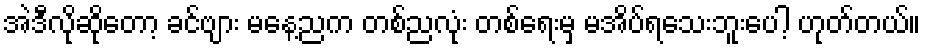
အဲဒီလိုဆိုတော့ ခင်ဗျား မနေ့ညက တစ်ညလုံး တစ်ရေးမှ မအိပ်ရသေးဘူးပေါ့ ဟုတ်တယ်။